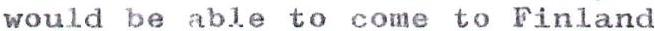
would be able to come to Finland